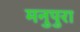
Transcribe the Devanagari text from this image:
मनुपुरा